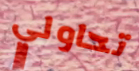
تحاولي